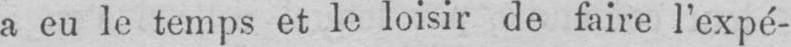
a eu le temps et le loisir de faire l’expé-